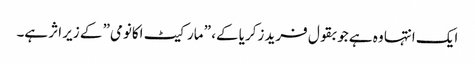
ایک انتہا وہ ہے جو بقول فرید زکریا کے، ” مارکیٹ اکانومی” کے زیر اثر ہے۔